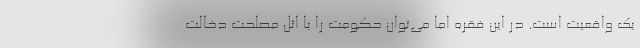
یک واقعیت است. در این فقره اما می‌توان حکومت را با اثل مصلحت دخالت